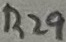
Text: R29